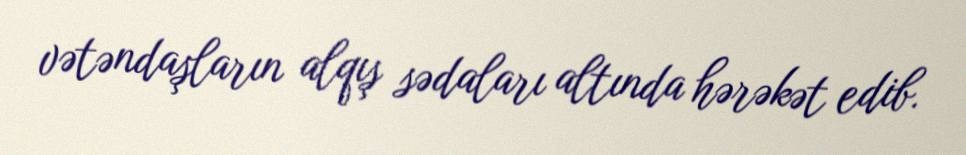
vətəndaşların alqış sədaları altında hərəkət edib.